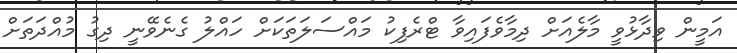
އަމީން ވިދާޅުވީ މާލެއަށް ދިމާވެފައިވާ ޓްރެފިކު މައްސަލަތަކަށް ހައްލު ގެނެވޭނީ ދިގު މުއްދަތަށް